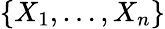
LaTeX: \{ X_{1},\ldots,X_{n}\}